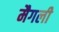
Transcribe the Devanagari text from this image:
मैगली